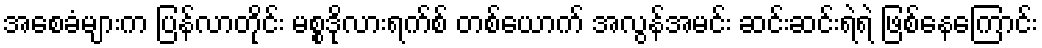
အစေခံများက ပြန်လာတိုင်း မစ္စဒိုလားရက်စ် တစ်ယောက် အလွန်အမင်း ဆင်းဆင်းရဲရဲ ဖြစ်နေကြောင်း